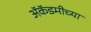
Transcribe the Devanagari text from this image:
अॅकॅडमीच्या